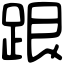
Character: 跟